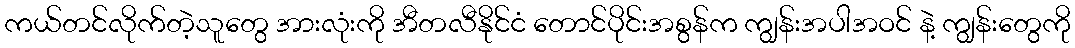
ကယ်တင်လိုက်တဲ့သူတွေ အားလုံးကို အီတလီနိုင်ငံ တောင်ပိုင်းအစွန်က ကျွန်းအပါအဝင် နဲ့ ကျွန်းတွေကို